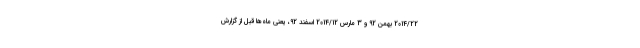
2014/22 بهمن 92 و 3 مارس 2014/12 اسفند 92، یعنی ماه‌ها قبل از گزارش